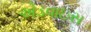
એડવાઇસ